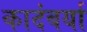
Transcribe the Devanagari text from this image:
कादंबर्या